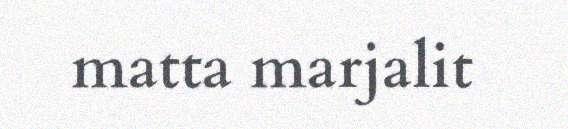
matta marjalit